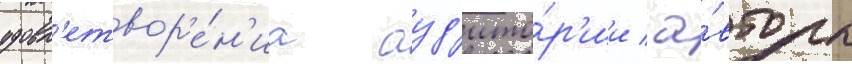
удовл'етвор'е́н'иа ауд'ито́р'ии / а́вторы